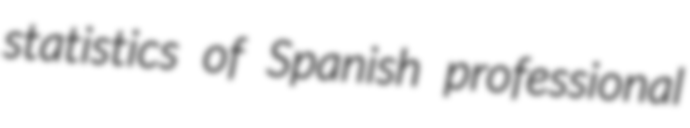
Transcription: statistics of Spanish professional